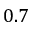
0 . 7